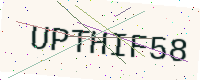
Text: UPTHIF58